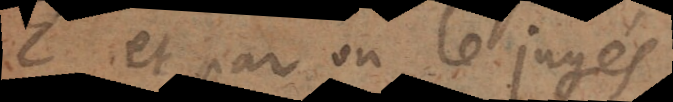
E. Et par où le jugés